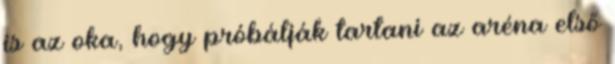
is az oka, hogy próbálják tartani az aréna első